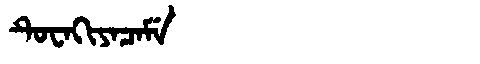
Manchu: ᡨᡠᠸᠠᡴᡳᠶᠠᠴᠠᠮᡝ
Romanization: TUWAKIYACAME